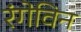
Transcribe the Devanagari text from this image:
रंगेविन